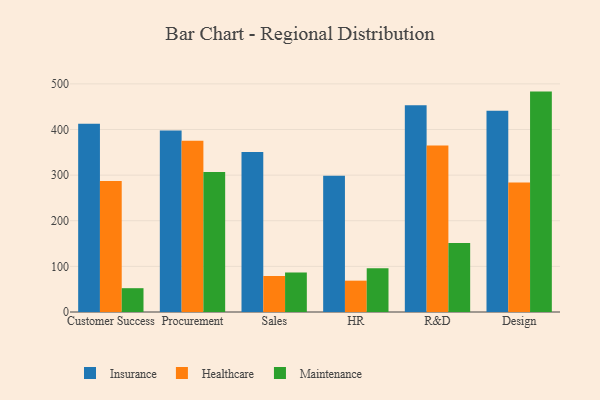
{"axis": {"x": "Department", "y": "Energy Usage (MWh)"}, "legend": ["Healthcare", "Insurance", "Maintenance"], "data": [{"x": "Customer Success", "y": 412.9, "type": "Insurance"}, {"x": "Customer Success", "y": 287.0, "type": "Healthcare"}, {"x": "Customer Success", "y": 52.2, "type": "Maintenance"}, {"x": "Procurement", "y": 397.9, "type": "Insurance"}, {"x": "Procurement", "y": 375.2, "type": "Healthcare"}, {"x": "Procurement", "y": 306.8, "type": "Maintenance"}, {"x": "Sales", "y": 350.8, "type": "Insurance"}, {"x": "Sales", "y": 78.9, "type": "Healthcare"}, {"x": "Sales", "y": 86.6, "type": "Maintenance"}, {"x": "HR", "y": 298.6, "type": "Insurance"}, {"x": "HR", "y": 68.7, "type": "Healthcare"}, {"x": "HR", "y": 96.1, "type": "Maintenance"}, {"x": "R&D", "y": 453.3, "type": "Insurance"}, {"x": "R&D", "y": 364.9, "type": "Healthcare"}, {"x": "R&D", "y": 151.4, "type": "Maintenance"}, {"x": "Design", "y": 441.0, "type": "Insurance"}, {"x": "Design", "y": 283.7, "type": "Healthcare"}, {"x": "Design", "y": 483.1, "type": "Maintenance"}]}